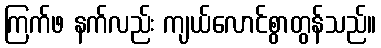
ကြက်ဖ နက်လည်း ကျယ်လောင်စွာတွန်သည်။